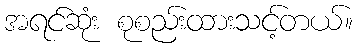
အရင်ဆုံး စုစည်းထားသင့်တယ်။